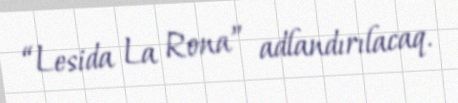
“Lesida La Rona” adlandırılacaq.